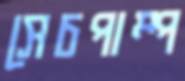
সেচপাম্প